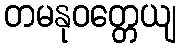
တမနုဝတ္တေယျ